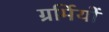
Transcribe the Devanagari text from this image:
ग्रर्मियों